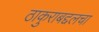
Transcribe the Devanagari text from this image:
ठाकुराबद्दलचा